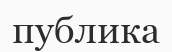
публика